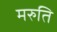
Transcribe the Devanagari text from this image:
मरुति